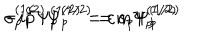
- i \widehat { p } \Psi _ { p } ^ { ( 1 / 2 ) } = \varepsilon m \Psi _ { p } ^ { ( 1 / 2 ) } \hspace { 0 . 5 i n } \sigma _ { p } ^ { ( 1 / 2 ) } \Psi _ { p } ^ { ( 1 / 2 ) } = s _ { p } \Psi _ { p } ^ { ( 1 / 2 ) }